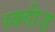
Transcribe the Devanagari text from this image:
स्क्वीज़